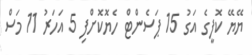
ޔޭޔޭ ކޮފީގެ އަގު 15 ޕަސެންޓް ހެޔޮކޮށްފި 5 އަހަރު 11 މަސް